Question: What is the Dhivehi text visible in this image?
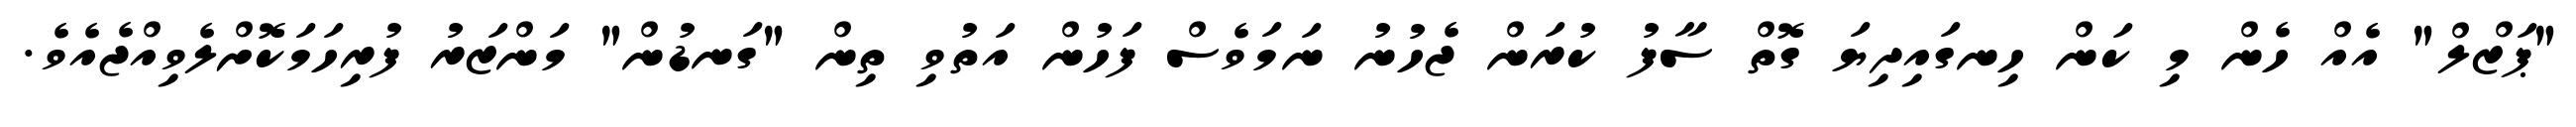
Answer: "ޕަޒްލް" އެއް ހެން މި ކަން ހިނގައިދިޔަ ގޮތް ސާފު ކުރަން ޖެހުނު ނަމަވެސް ފަހުން އަތުވި ތިން "ގަނޑުން" މަންޒަރު ފުރިހަމަކޮށްލެވިއްޖެއެވެ.